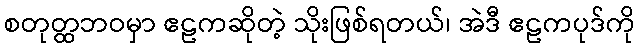
စတုတ္ထဘဝမှာ ဧဠကဆိုတဲ့ သိုးဖြစ်ရတယ်၊ အဲဒီ ဧဠကပုဒ်ကို